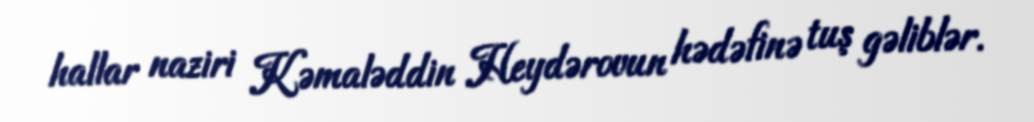
hallar naziri Kəmaləddin Heydərovun hədəfinə tuş gəliblər.